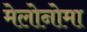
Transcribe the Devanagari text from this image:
मेलोनोमा